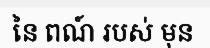
នៃ ពណ៍ របស់ មុន